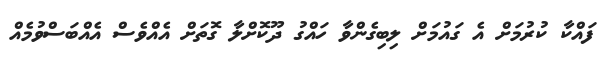
ފައްކާ ކުރުމަށް އެ ގައުމަށް ލިބިގެންވާ ހައްގު ދޫކޮށްލާ ގޮތަށް އެއްވެސް އެއްބަސްވުމެއް